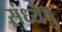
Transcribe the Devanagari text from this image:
संध्येषु